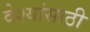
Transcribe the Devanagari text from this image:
वेश्यांसाठी